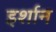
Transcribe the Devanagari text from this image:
इर्शान